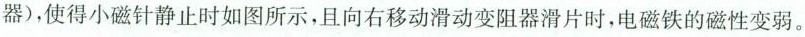
器)，使得小磁针静止时如图所示，且向右移动滑动变阻器滑片时，电磁铁的磁性变弱。